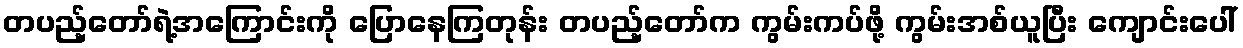
တပည့်တော်ရဲ့အကြောင်းကို ပြောနေကြတုန်း တပည့်တော်က ကွမ်းကပ်ဖို့ ကွမ်းအစ်ယူပြီး ကျောင်းပေါ်